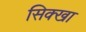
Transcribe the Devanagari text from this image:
सिक्खा